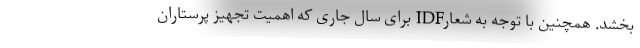
بخشد. همچنین با توجه به شعارIDF برای سال جاری که اهمیت تجهیز پرستاران